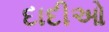
દાદીઓ